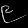
Digit: ၉